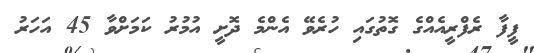
ފީފާ ރެފްރީއެއްގެ ގޮތުގައި ހުރެވޭ އެންމެ ދޮށީ އުމުރު ކަމަށްވާ 45 އަހަރު